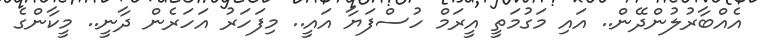
އެއްބާރުލުންދޭން.. އައި މަގުމަތީ އީރަމް ހުސްފަޔާ އައީ.. މިފަހަރު އަހަރެން ދާނީ.. މީކާންގެ